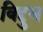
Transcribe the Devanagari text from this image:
विद्दुभ